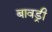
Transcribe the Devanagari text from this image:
बावड्री